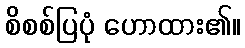
စိစစ်ပြပုံ ဟောထား၏။